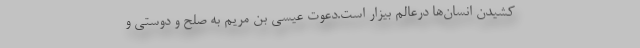
کشیدن انسان‌ها درعالم بیزار است.دعوت عیسی بن مریم به صلح و دوستی و